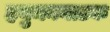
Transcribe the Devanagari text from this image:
हनुमननाटक